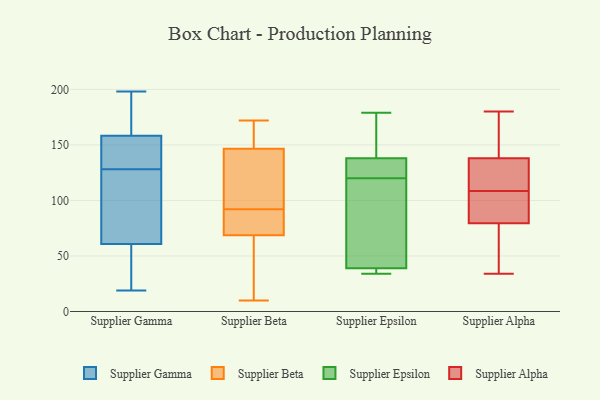
{"axis": {"x": "Gross Profit (USD K)", "y": "Value"}, "legend": ["Supplier Alpha", "Supplier Beta", "Supplier Epsilon", "Supplier Gamma"], "data": [{"x": "", "y": 198, "type": "Supplier Gamma"}, {"x": "", "y": 128, "type": "Supplier Gamma"}, {"x": "", "y": 137, "type": "Supplier Gamma"}, {"x": "", "y": 149, "type": "Supplier Gamma"}, {"x": "", "y": 120, "type": "Supplier Gamma"}, {"x": "", "y": 19, "type": "Supplier Gamma"}, {"x": "", "y": 120, "type": "Supplier Gamma"}, {"x": "", "y": 196, "type": "Supplier Gamma"}, {"x": "", "y": 82, "type": "Supplier Gamma"}, {"x": "", "y": 133, "type": "Supplier Gamma"}, {"x": "", "y": 152, "type": "Supplier Gamma"}, {"x": "", "y": 194, "type": "Supplier Gamma"}, {"x": "", "y": 54, "type": "Supplier Gamma"}, {"x": "", "y": 177, "type": "Supplier Gamma"}, {"x": "", "y": 33, "type": "Supplier Gamma"}, {"x": "", "y": 63, "type": "Supplier Gamma"}, {"x": "", "y": 51, "type": "Supplier Gamma"}, {"x": "", "y": 96, "type": "Supplier Beta"}, {"x": "", "y": 68, "type": "Supplier Beta"}, {"x": "", "y": 82, "type": "Supplier Beta"}, {"x": "", "y": 109, "type": "Supplier Beta"}, {"x": "", "y": 163, "type": "Supplier Beta"}, {"x": "", "y": 144, "type": "Supplier Beta"}, {"x": "", "y": 70, "type": "Supplier Beta"}, {"x": "", "y": 10, "type": "Supplier Beta"}, {"x": "", "y": 106, "type": "Supplier Beta"}, {"x": "", "y": 69, "type": "Supplier Beta"}, {"x": "", "y": 172, "type": "Supplier Beta"}, {"x": "", "y": 92, "type": "Supplier Beta"}, {"x": "", "y": 169, "type": "Supplier Beta"}, {"x": "", "y": 71, "type": "Supplier Beta"}, {"x": "", "y": 26, "type": "Supplier Beta"}, {"x": "", "y": 154, "type": "Supplier Beta"}, {"x": "", "y": 16, "type": "Supplier Beta"}, {"x": "", "y": 179, "type": "Supplier Epsilon"}, {"x": "", "y": 39, "type": "Supplier Epsilon"}, {"x": "", "y": 34, "type": "Supplier Epsilon"}, {"x": "", "y": 38, "type": "Supplier Epsilon"}, {"x": "", "y": 111, "type": "Supplier Epsilon"}, {"x": "", "y": 138, "type": "Supplier Epsilon"}, {"x": "", "y": 159, "type": "Supplier Epsilon"}, {"x": "", "y": 137, "type": "Supplier Epsilon"}, {"x": "", "y": 101, "type": "Supplier Epsilon"}, {"x": "", "y": 129, "type": "Supplier Epsilon"}, {"x": "", "y": 34, "type": "Supplier Alpha"}, {"x": "", "y": 86, "type": "Supplier Alpha"}, {"x": "", "y": 111, "type": "Supplier Alpha"}, {"x": "", "y": 80, "type": "Supplier Alpha"}, {"x": "", "y": 180, "type": "Supplier Alpha"}, {"x": "", "y": 102, "type": "Supplier Alpha"}, {"x": "", "y": 150, "type": "Supplier Alpha"}, {"x": "", "y": 53, "type": "Supplier Alpha"}, {"x": "", "y": 79, "type": "Supplier Alpha"}, {"x": "", "y": 113, "type": "Supplier Alpha"}, {"x": "", "y": 119, "type": "Supplier Alpha"}, {"x": "", "y": 127, "type": "Supplier Alpha"}, {"x": "", "y": 166, "type": "Supplier Alpha"}, {"x": "", "y": 106, "type": "Supplier Alpha"}, {"x": "", "y": 149, "type": "Supplier Alpha"}, {"x": "", "y": 49, "type": "Supplier Alpha"}]}